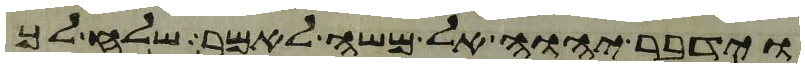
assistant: וידבר יהוה אל משה לאמר שלח לך